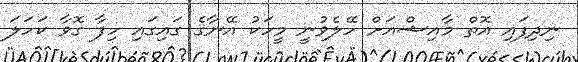
ނިދިފައި އޮތް މާއިޝްއަށް ހޭލެވުނީ މީހަކު އޭނާގެ ގައިގައި ހިފާ ގޮވާ ކަހަލަ